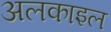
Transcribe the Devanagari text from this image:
अलकाइल